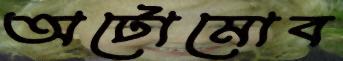
অটোমোব